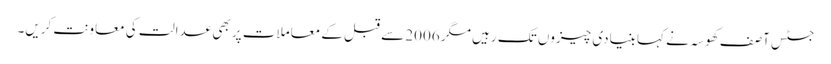
جسٹس آصف کھوسہ نے کہا بنیادی چیزوں تک رہیں مگر 2006 سے قبل کے معاملات پر بھی عدالت کی معاونت کریں۔